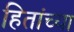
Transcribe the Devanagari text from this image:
हितांच्या